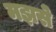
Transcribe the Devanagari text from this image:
मझसे